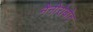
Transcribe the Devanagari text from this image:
नैनोरोबोट